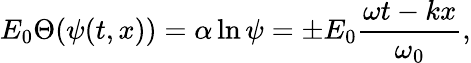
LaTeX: E_{0}\Theta(\psi(t,x))=\alpha\ln\psi=\pm E_{0}\frac{\omega t-kx}{\omega_{0}},